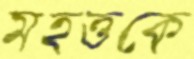
মহত্তকে